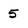
Character: 5